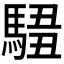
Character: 𩣿